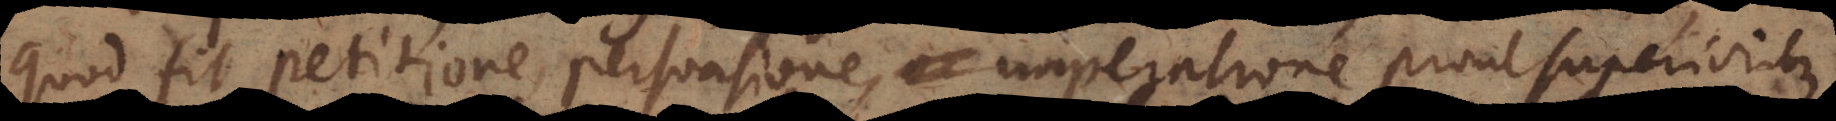
quod fit petitione, persuasione, imperatione prout superioribus,